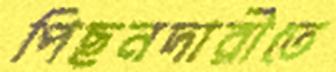
পিছনদারীতে